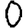
Digit: 0